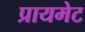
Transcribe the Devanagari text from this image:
प्रायमेट